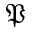
\mathfrak { P }